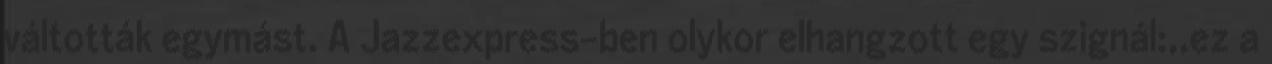
váltották egymást. A Jazzexpress-ben olykor elhangzott egy szignál:,,ez a